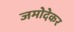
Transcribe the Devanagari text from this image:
जमोदेकर